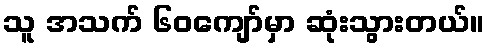
သူ အသက် ၆၀ကျော်မှာ ဆုံးသွားတယ်။